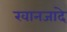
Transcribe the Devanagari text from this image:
खानजादे